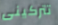
تتركينى